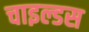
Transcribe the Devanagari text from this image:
चाइल्डस